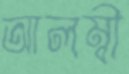
আলম্বী